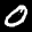
Label: 0